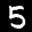
Label: 5